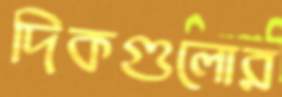
দিকগুলোর